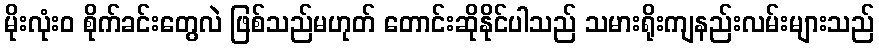
မိုးလုံး၀ စိုက်ခင်းတွေလဲ ဖြစ်သည်မဟုတ် တောင်းဆိုနိုင်ပါသည် သမားရိုးကျနည်းလမ်းများသည်